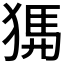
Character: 𤟨